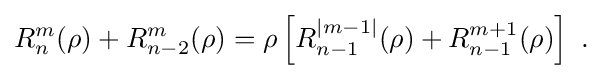
{\begin{aligned}R_{n}^{m}(\rho )+R_{n-2}^{m}(\rho )=\rho \left[R_{n-1}^{\left|m-1\right|}(\rho )+R_{n-1}^{m+1}(\rho )\right]{\text{ .}}\end{aligned}}